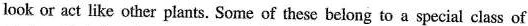
look or act like other plants. Some of these belong to a special class of